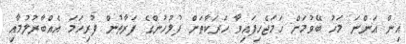
އިން އަންނަ މަހު ބޭވުމަށް ހަމަޖެހިފައިވާ ހަރަކާތަށް ފުލުހުންގެ ފަރާތުން ފުރިހަމަ އެއްބާރުލުމާއި